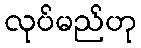
လုပ်မည်ဟု